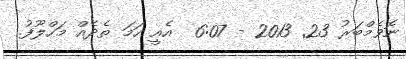
ނޮވެމްބަރު 23